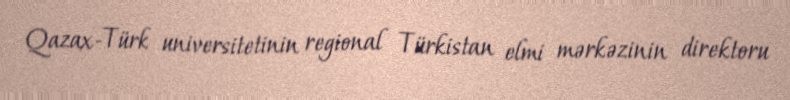
Qazax-Türk universitetinin regional Türkistan elmi mərkəzinin direktoru